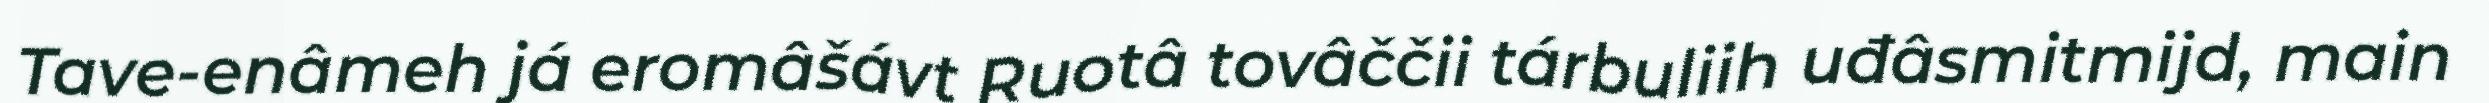
Tave-enâmeh já eromâšávt Ruotâ tovâččii tárbuliih uđâsmitmijd, main